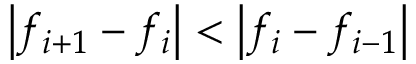
\left| f _ { i + 1 } - f _ { i } \right| < \left| f _ { i } - f _ { i - 1 } \right|